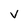
Character: V